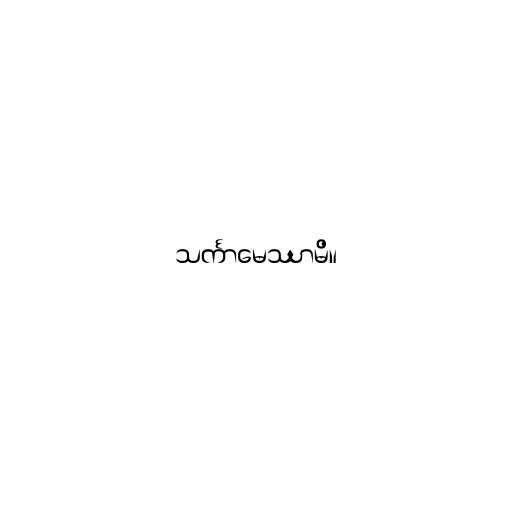
သင်္ကာမေဿာမိ။